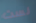
لست